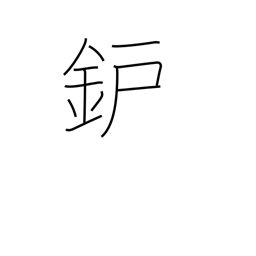
Meaning: hearth